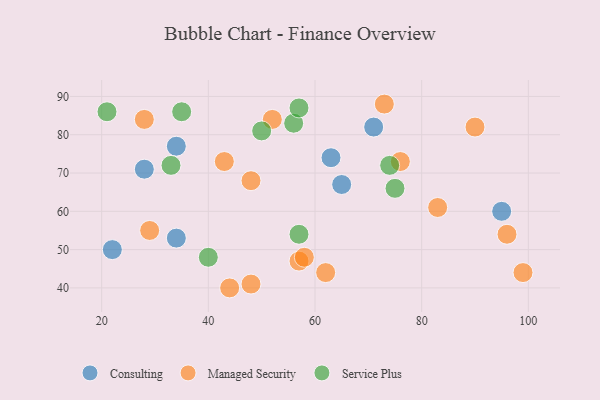
{"axis": {"x": "GDP", "y": "Life Expectancy"}, "legend": ["Consulting", "Managed Security", "Service Plus"], "data": [{"x": "63", "y": 74, "type": "Consulting"}, {"x": "34", "y": 77, "type": "Consulting"}, {"x": "71", "y": 82, "type": "Consulting"}, {"x": "28", "y": 71, "type": "Consulting"}, {"x": "22", "y": 50, "type": "Consulting"}, {"x": "65", "y": 67, "type": "Consulting"}, {"x": "95", "y": 60, "type": "Consulting"}, {"x": "34", "y": 53, "type": "Consulting"}, {"x": "43", "y": 73, "type": "Managed Security"}, {"x": "76", "y": 73, "type": "Managed Security"}, {"x": "83", "y": 61, "type": "Managed Security"}, {"x": "52", "y": 84, "type": "Managed Security"}, {"x": "28", "y": 84, "type": "Managed Security"}, {"x": "90", "y": 82, "type": "Managed Security"}, {"x": "99", "y": 44, "type": "Managed Security"}, {"x": "29", "y": 55, "type": "Managed Security"}, {"x": "48", "y": 68, "type": "Managed Security"}, {"x": "44", "y": 40, "type": "Managed Security"}, {"x": "73", "y": 88, "type": "Managed Security"}, {"x": "57", "y": 47, "type": "Managed Security"}, {"x": "62", "y": 44, "type": "Managed Security"}, {"x": "96", "y": 54, "type": "Managed Security"}, {"x": "48", "y": 41, "type": "Managed Security"}, {"x": "58", "y": 48, "type": "Managed Security"}, {"x": "35", "y": 86, "type": "Service Plus"}, {"x": "56", "y": 83, "type": "Service Plus"}, {"x": "50", "y": 81, "type": "Service Plus"}, {"x": "33", "y": 72, "type": "Service Plus"}, {"x": "40", "y": 48, "type": "Service Plus"}, {"x": "75", "y": 66, "type": "Service Plus"}, {"x": "57", "y": 54, "type": "Service Plus"}, {"x": "57", "y": 87, "type": "Service Plus"}, {"x": "21", "y": 86, "type": "Service Plus"}, {"x": "74", "y": 72, "type": "Service Plus"}]}